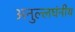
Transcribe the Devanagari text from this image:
अनुल्लघंनीय